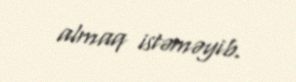
almaq istəməyib.